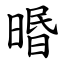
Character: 㬆